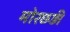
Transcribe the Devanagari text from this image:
मोरछड़ी